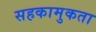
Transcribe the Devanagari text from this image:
सहकामुकता